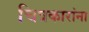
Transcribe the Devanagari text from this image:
चित्रकारांना